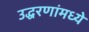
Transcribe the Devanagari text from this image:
उद्धरणांमध्ये